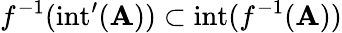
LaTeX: f^{-1}(\operatorname{int}^{\prime}(\mathbf{A}))\subset\operatorname{int}(f^{-1}(\mathbf{A}))